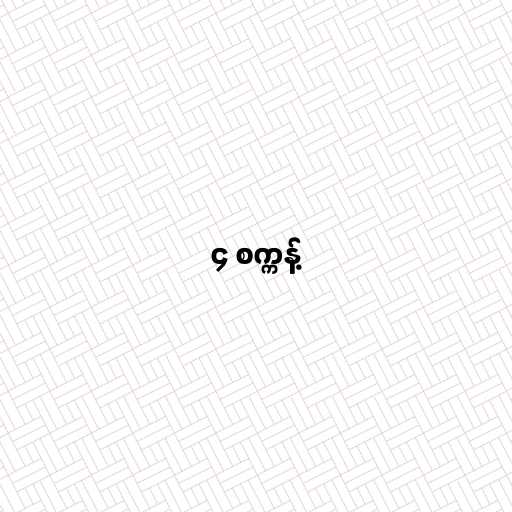
၄ စက္ကန့်